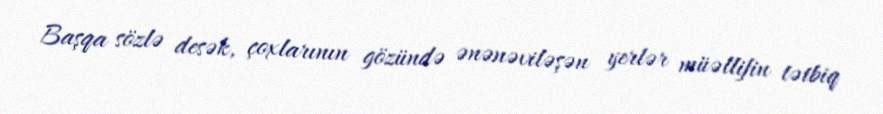
Başqa sözlə desək, çoxlarının gözündə ənənəviləşən yerlər müəllifin tətbiq